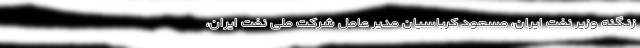
زنگنه وزیر نفت ایران، مسعود کرباسیان مدیر عامل شرکت ملی نفت ایران،